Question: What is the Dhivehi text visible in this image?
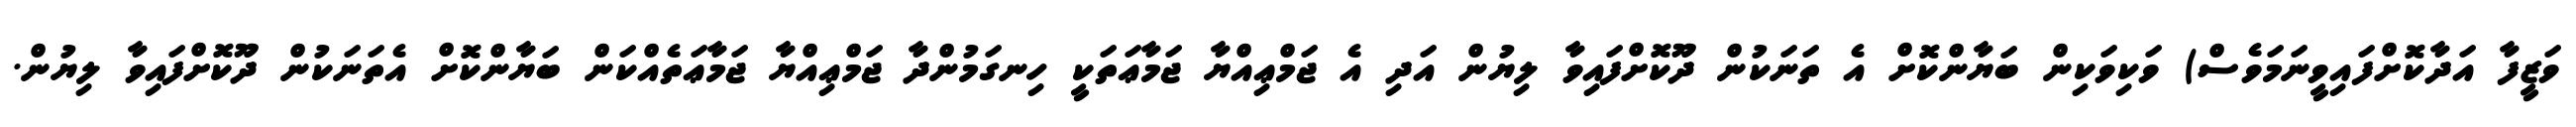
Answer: ވަޒީފާ އަދާކޮށްފައިވީނަމަވެސް) ވަކިވަކިން ބަޔާންކޮށް އެ ތަނަކުން ދޫކޮށްފައިވާ ލިޔުން އަދި އެ ޖަމްޢިއްޔާ ޖަމާޢަތަކީ ހިނގަމުންދާ ޖަމްޢިއްޔާ ޖަމާޢަތެއްކަން ބަޔާންކޮށް އެތަނަކުން ދޫކޮށްފައިވާ ލިޔުން.